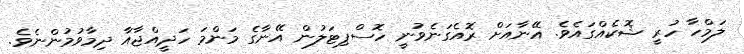
ލަމްހާ ހުރީ ޝޮކެއްގައެވެ. އޭނާއަށް ރޮއެގަނެވުނީ ހޮސްޕިޓަލުން އޭނާގެ މަންމަ ހަދީއްޖާއާ ދިމާވުމުންނެވެ.